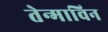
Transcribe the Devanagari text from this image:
तेन्माविन